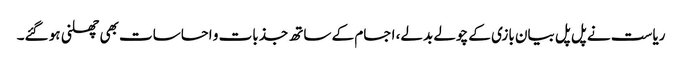
ریاست نے پل پل بیان بازی کے چولے بدلے، اجسام کے ساتھ جذبات و احساسات بھی چھلنی ہو گئے۔